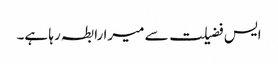
ایس فضیلت سے میرا رابطہ رہا ہے۔